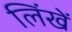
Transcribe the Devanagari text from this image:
लिंखें